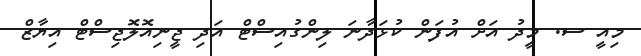
މިއީ ސ. މީދު އަށް އުފަން ކުޅަދާނަ ލިންގުއިސްޓް އަދި ޖީނިއޮލޮޖިސްޓް އިޔާޒް